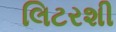
લિટરશી